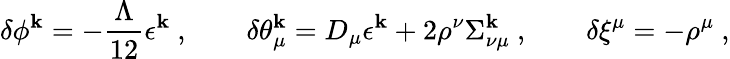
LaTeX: \delta\phi^{\mathbf{k}}=-\frac{{\Lambda}}{{12}}\epsilon^{\mathbf{k}}\ ,\qquad\delta\theta_{\mu}^{\mathbf{k}}=D_{\mu}\epsilon^{\mathbf{k}}+2\rho^{\nu}\Sigma_{\nu\mu}^{\mathbf{k}}\ ,\qquad\delta\xi^{\mu}=-\rho^{\mu}\ ,